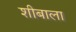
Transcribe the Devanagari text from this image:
शीबाला